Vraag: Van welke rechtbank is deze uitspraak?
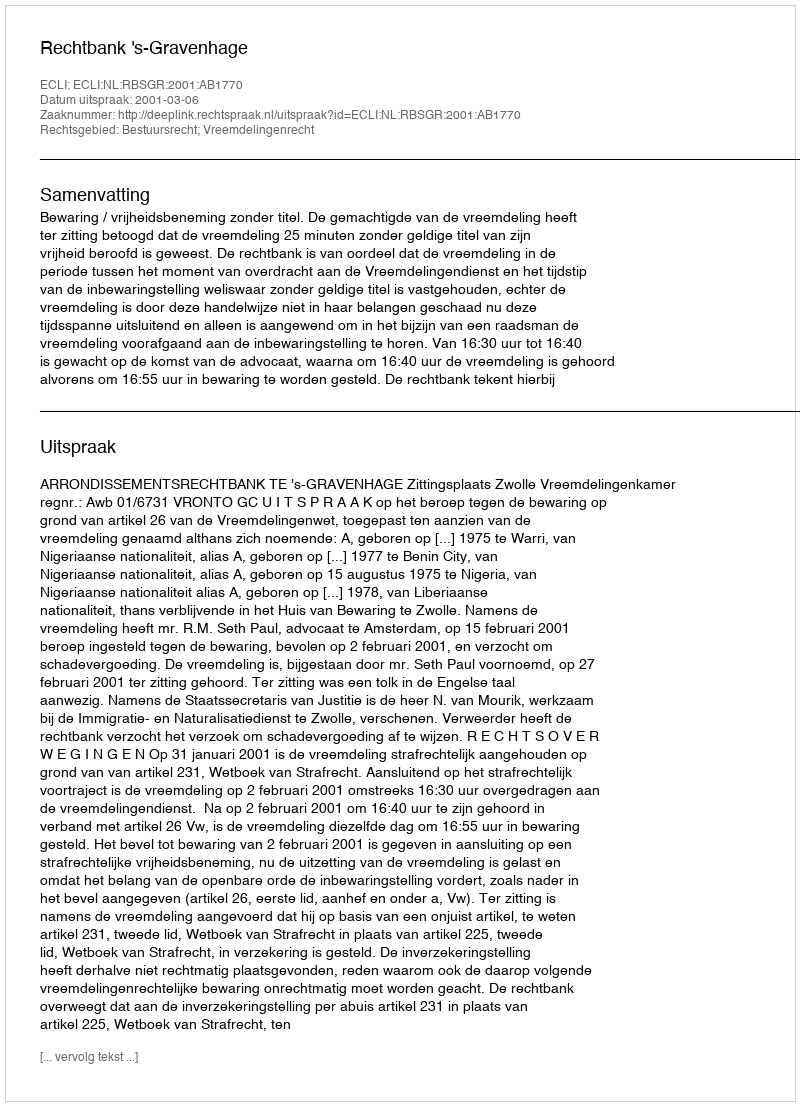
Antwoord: Rechtbank 's-Gravenhage